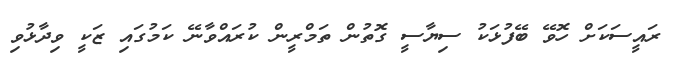
ރައީސަކަށް ހޮވޭ ބޭފުޅަކު ސިޔާސީ ގޮތުން ތަމްރީން ކުރައްވާނޭ ކަމުގައި ޒަކީ ވިދާޅުވި